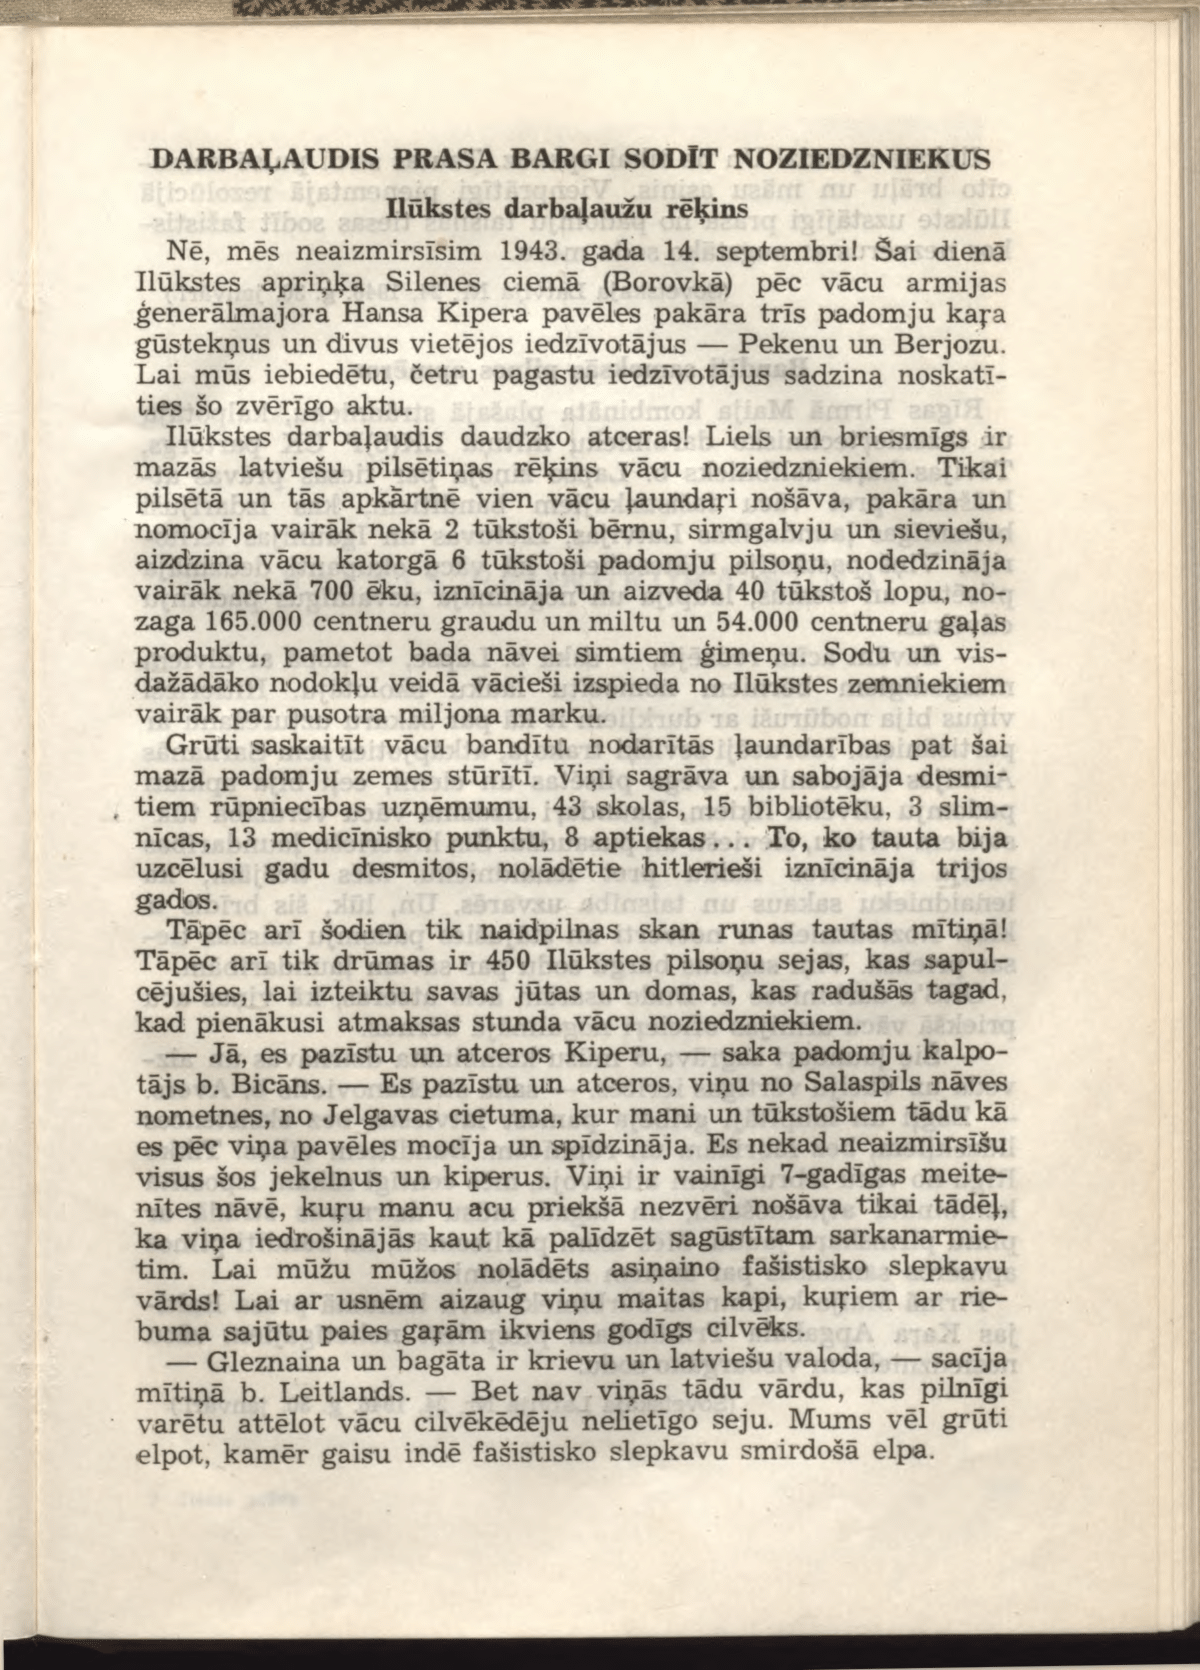
Language: lv